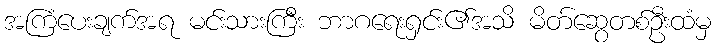
အကြံပေးချက်အရ မင်းသားကြီး ဘာဂရေးရှင်း၏အသိ မိတ်ဆွေတစ်ဦးထံမှ